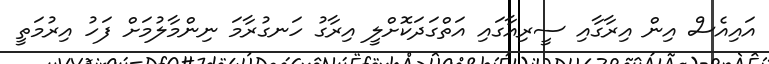
އައިއެސް އިން އިރާގާއި ސީރިއާގައި އަތްގަދަކޮށްލީ އިރާގު ހަނގުރާމަ ނިންމާލުމަށް ފަހު އިރުމަތީ